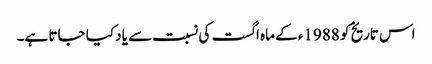
اس تاریخ کو 1988ء کے ماہ اگست کی نسبت سے یاد کیا جاتا ہے۔